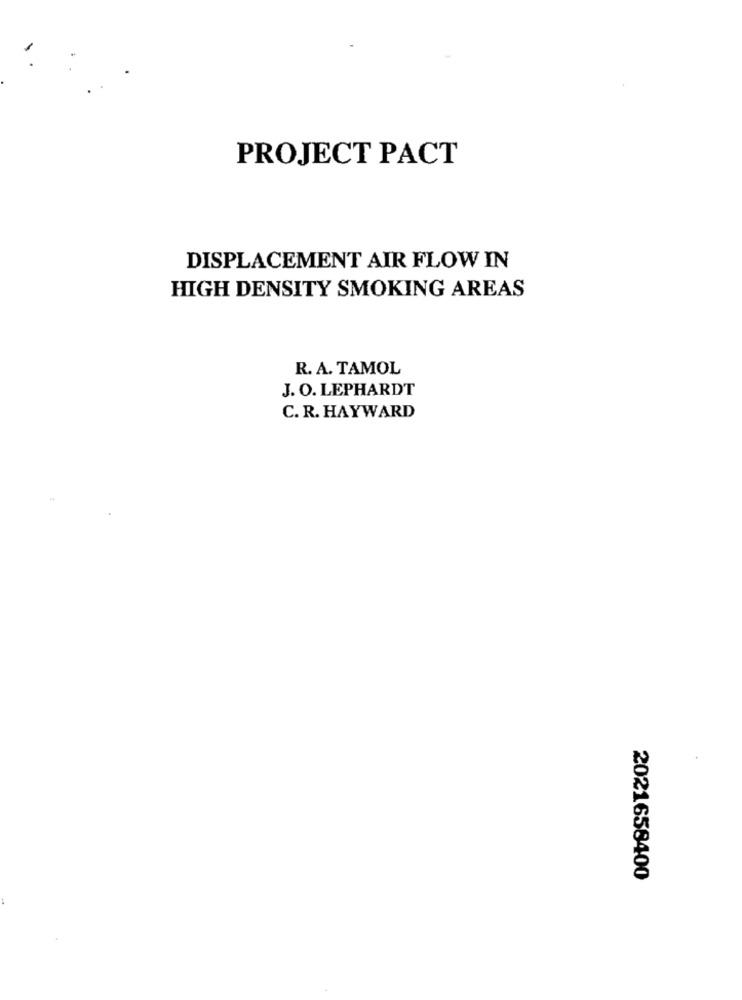
PROJECT PACT
DISPLACEMENT AIR FLOW IN
HIGH DENSITY SMOKING AREAS
R. A. TAMOL
J. O. LEPHARDT
C. R. HAYWARD
2021658400